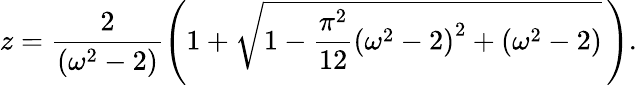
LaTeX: z=\frac{2}{\left(\omega^{2}-2\right)}\left(1+\sqrt{1-\frac{\pi^{2}}{12}\left(\omega^{2}-2\right)^{2}+\left(\omega^{2}-2\right)}\, \right).